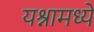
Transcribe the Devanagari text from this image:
यश्नामध्ये